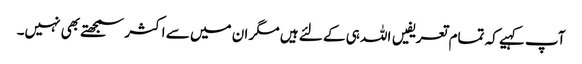
آپ کہیے کہ تمام تعریفیں اللہ ہی کے لئے ہیں مگر ان میں سے اکثر سمجھتے بھی نہیں۔